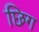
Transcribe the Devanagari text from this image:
छिग